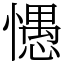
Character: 㦙